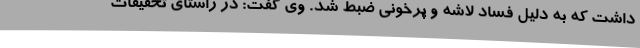
داشت که به دلیل فساد لاشه و پرخونی ضبط شد. وی گفت: در راستای تحقیقات